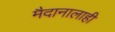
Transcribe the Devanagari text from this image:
मैदानालाही